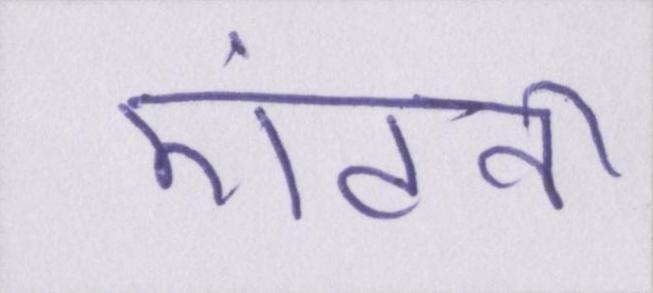
एंटनी